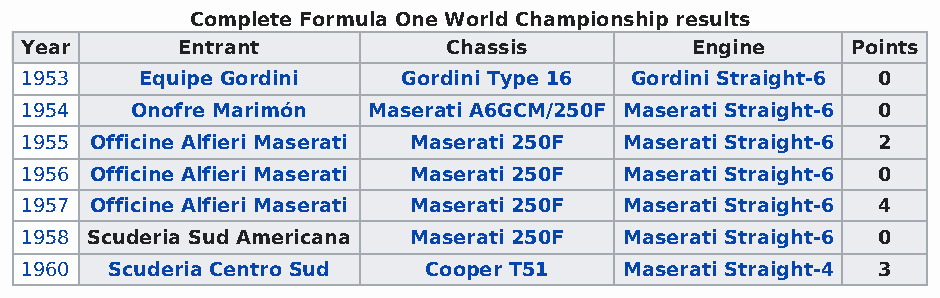
Complete Formula One World Championship results
 Year       Entrant           Chassis         Engine    Points
 1953    Equipe Gordini    Gordini Type 16 Gordini Straight-6 0
 1954    Onofre Marimón Maserati A6GCM/250F Maserati Straight-6 0
 1955 Officine Alfieri Maserati Maserati 250F Maserati Straight-6 2
 1956 Officine Alfieri Maserati Maserati 250F Maserati Straight-6 0
 1957 Officine Alfieri Maserati Maserati 250F Maserati Straight-6 4
 1958 Scuderia Sud Americana Maserati 250F Maserati Straight-6 0
 1960  Scuderia Centro Sud  Cooper T51   Maserati Straight-4 3